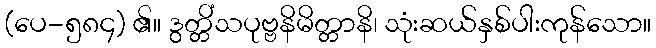
(ပေ-၅၈၄) ၏။ ဒွတ္တိံသပုဗ္ဗနိမိတ္တာနိ၊ သုံးဆယ်နှစ်ပါးကုန်သော။